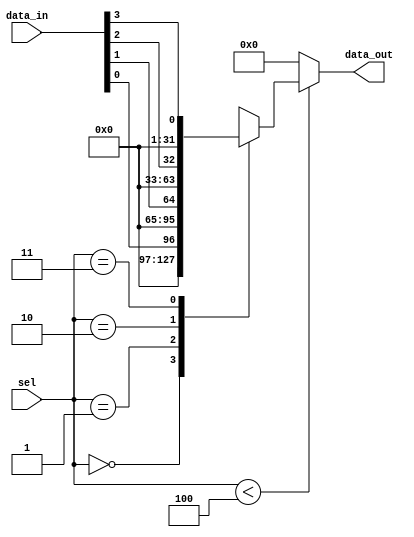
module parameterized_mux #(parameter N = 4) (
    input  wire [N-1:0] data_in, // N input data lines
    input  wire [clog2(N)-1:0] sel, // log2(N)-bit selection line
    output reg [31:0] data_out // Output (Assuming data widths are 32 bits)
);

// Function to calculate the log2 value
function integer clog2;
    input integer value;
    integer i;
    begin
        clog2 = 0;
        for (i = 0; (1 << i) < value; i = i + 1)
            clog2 = i + 1;
    end
endfunction

// Combinational logic for MUX
always @(*) begin
    // Default output value for handling invalid selections
    data_out = 32'b0; // Default value or you can set a different default
    if (sel < N) begin
        case (sel)
            0: data_out = data_in[0];
            1: data_out = data_in[1];
            2: data_out = data_in[2];
            3: data_out = data_in[3];
            // More cases can be added if N exceeds 4, or we can use a default to handle larger N dynamically
            default: data_out = 32'b0; // Default for invalid sel
        endcase
    end else begin
        // Handle case where sel exceeds number of inputs (Invalid selection)
        data_out = 32'b0; // Could also signal an error, use another way to indicate invalid selection if desired
    end
end

endmodule